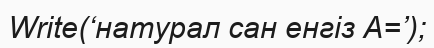
Write(‘натурал сан енгіз А=’);